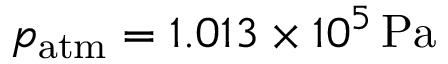
p _ { \mathrm { a t m } } = 1 . 0 1 3 \times 1 0 ^ { 5 } \, \mathrm { P a }